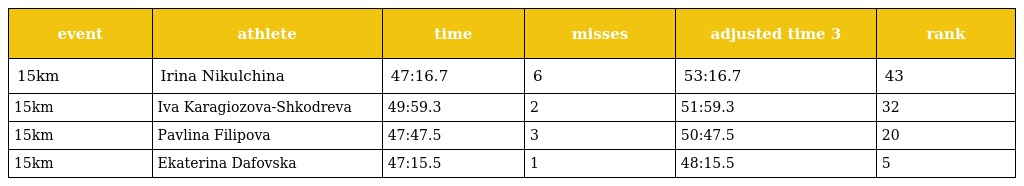
| event | athlete | time | misses | adjusted time 3 | rank |
 | --- | --- | --- | --- | --- | --- |
 | 15km | Irina Nikulchina | 47:16.7 | 6 | 53:16.7 | 43 |
 | 15km | Iva Karagiozova-Shkodreva | 49:59.3 | 2 | 51:59.3 | 32 |
 | 15km | Pavlina Filipova | 47:47.5 | 3 | 50:47.5 | 20 |
 | 15km | Ekaterina Dafovska | 47:15.5 | 1 | 48:15.5 | 5 |